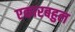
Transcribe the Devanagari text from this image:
एकारबहुल